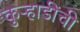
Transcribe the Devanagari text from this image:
कुऱ्हाडींची